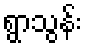
ရွာသွန်း